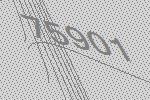
75901